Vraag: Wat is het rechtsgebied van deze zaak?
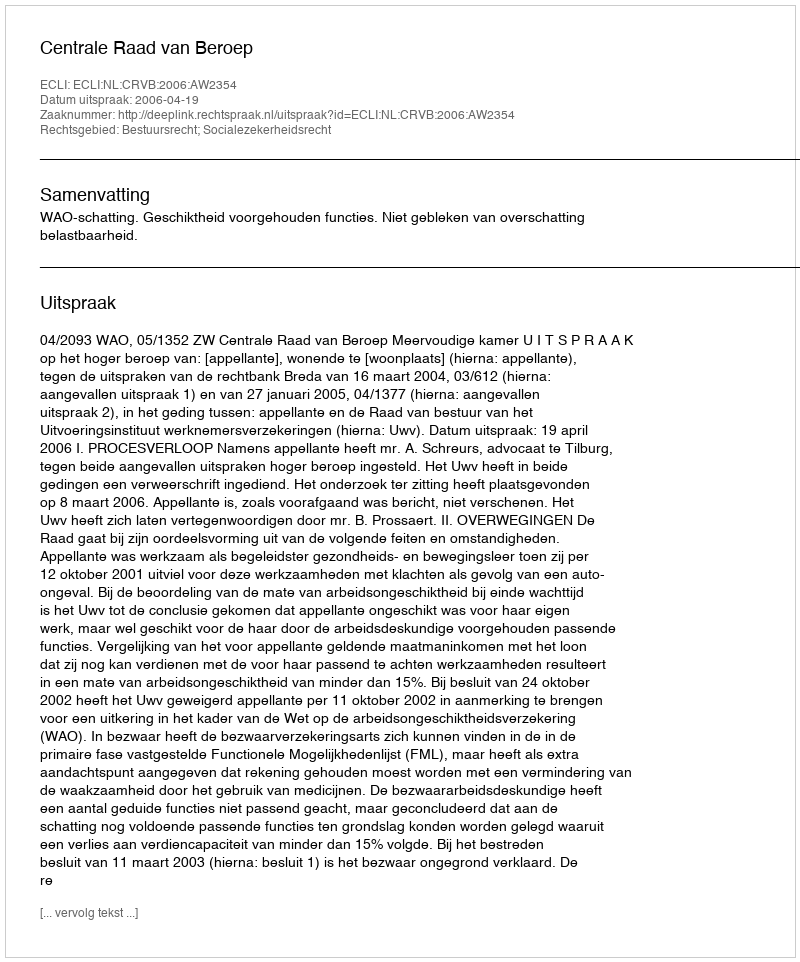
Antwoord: Bestuursrecht; Socialezekerheidsrecht